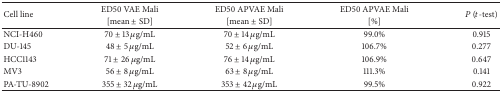
| <ROWSPAN=2> Cell line | ED50 VAE Mali | ED50 APVAE Mali | ED50 APVAE Mali | <ROWSPAN=2> P (t-test) |
 | [mean ± SD] | [mean ± SD] | [%] |
 | --- | --- | --- | --- | --- |
 | NCI-H460 | 70 ± 13 μg/mL | 70 ± 14 μg/mL | 99.0% | 0.915 |
 | DU-145 | 48 ± 5 μg/mL | 52 ± 6 μg/mL | 106.7% | 0.277 |
 | HCC1143 | 71 ± 26 μg/mL | 76 ± 14 μg/mL | 106.9% | 0.647 |
 | MV3 | 56 ± 8 μg/mL | 63 ± 8 μg/mL | 111.3% | 0.141 |
 | PA-TU-8902 | 355 ± 32 μg/mL | 353 ± 42 μg/mL | 99.5% | 0.922 |